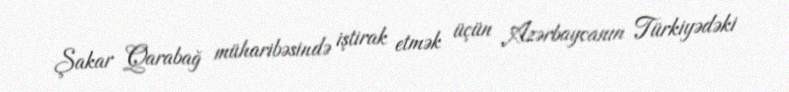
Şakar Qarabağ müharibəsində iştirak etmək üçün Azərbaycanın Türkiyədəki